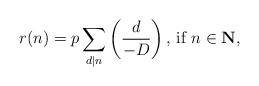
LaTeX: \begin{align*}r(n)=p\sum_{d|n}\left(\frac{d}{-D}\right)\textrm{, if }n\in\textbf{N},\end{align*}